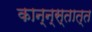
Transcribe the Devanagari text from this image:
कान्न्स्तात्त